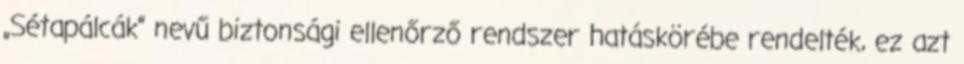
„Sétapálcák” nevű biztonsági ellenőrző rendszer hatáskörébe rendelték, ez azt